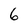
Character: 6